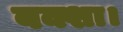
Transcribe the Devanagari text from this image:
बक्शा।